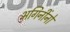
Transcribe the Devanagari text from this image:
भगिनींनो